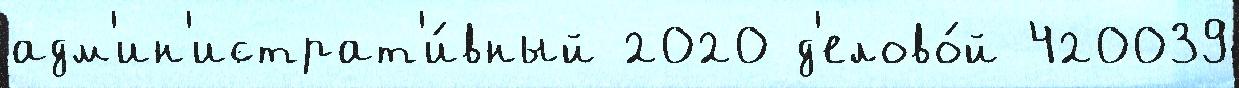
адм'ин'истрат'и́вный 2020 д'елово́й 420039